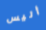
أليس